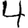
Digit: 4